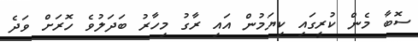
ސޮބާ މެން ކުރީގައި ކިޔަމުން އައި ރާގު މިހާރު ބަދަލުވެ ހޮރަށް ވަދެ